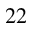
^ { 2 2 }